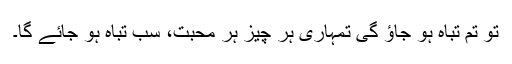
تو تم تباہ ہو جاؤ گی تمہاری ہر چیز ہر محبت، سب تباہ ہو جائے گا۔